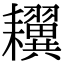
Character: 𦔫